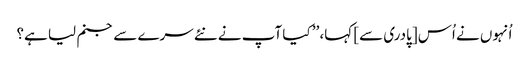
اُنہوں نے اُس [پادری سے] کہا، ’’ کیا آپ نے نئے سرے سے جنم لیا ہے؟